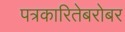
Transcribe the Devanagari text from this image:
पत्रकारितेबरोबर